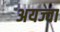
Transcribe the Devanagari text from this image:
अयज्वा